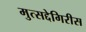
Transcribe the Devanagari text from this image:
मुत्सद्देगिरीस